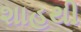
શાહથી